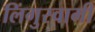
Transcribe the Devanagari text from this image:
लिंगुस्वामी